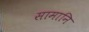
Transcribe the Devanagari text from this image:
सामानि